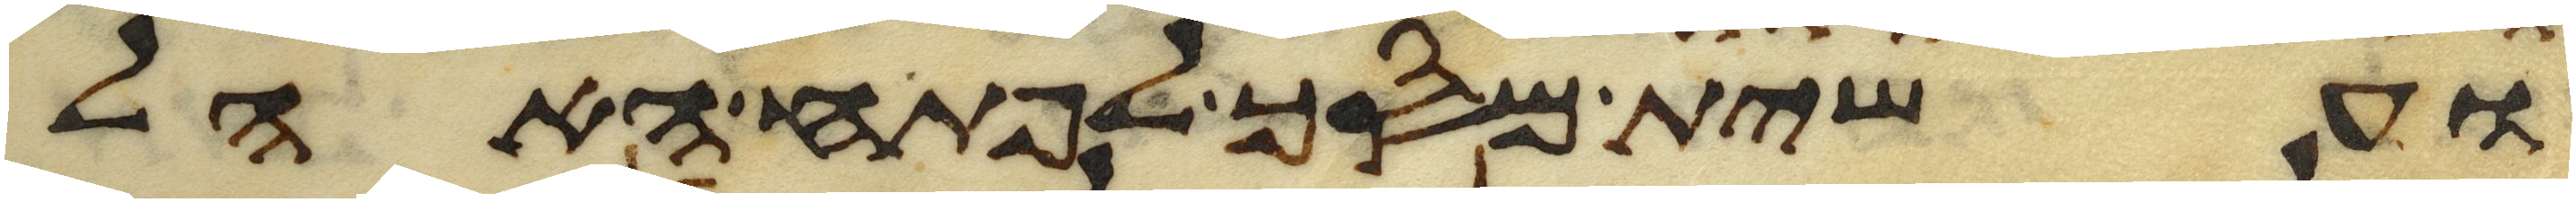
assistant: ועשית מסך לפתח האהל